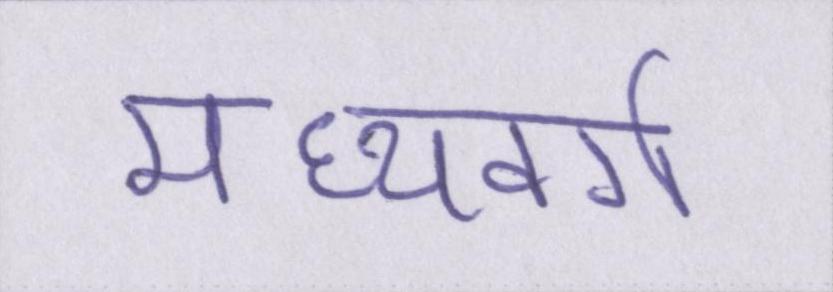
मध्यवर्ग